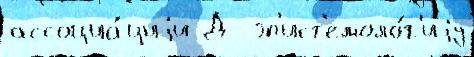
ассоциа́циjи Д  эп'ист'емоло́г'иjу